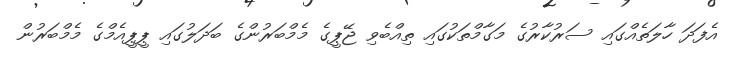
އެފަދަ ހާލަތެއްގައި ސަރުކާރުގެ މަގާމްތަކުގައި ތިއްބެވި ޖޭޕީގެ މެމްބަރުންގެ ބަދަލުގައި ޕީޕީއެމްގެ މެމްބަރުން